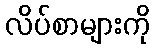
လိပ်စာများကို